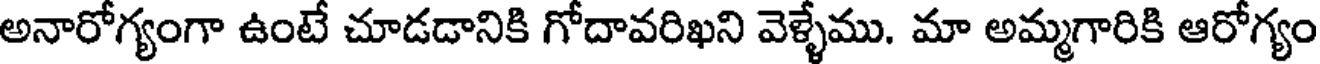
అనారోగ్యంగా ఉంటే చూడడానికి గోదావరిఖని వెళ్ళేము. మా అమ్మగారికి ఆరోగ్యం